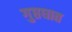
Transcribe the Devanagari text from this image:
गुप्तघात